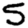
Digit: 5